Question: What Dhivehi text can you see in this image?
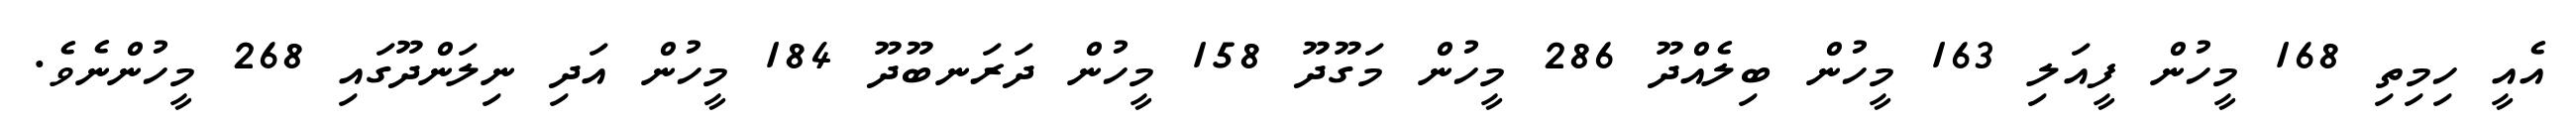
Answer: އެއީ ހިމިތި 168 މީހުން ފީއަލި 163 މީހުން ބިލެއްދޫ 286 މީހުން މަގޫދޫ 158 މީހުން ދަރަނބޫދޫ 184 މީހުން އަދި ނިލަންދޫގައި 268 މީހުންނެވެ.